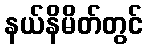
နယ်နိမိတ်တွင်